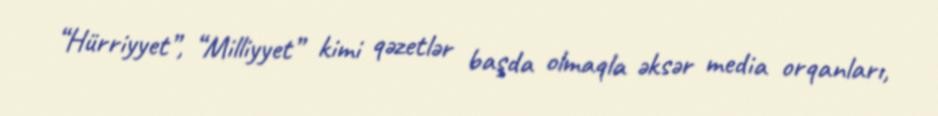
“Hürriyyet”, “Milliyyet” kimi qəzetlər başda olmaqla əksər media orqanları,